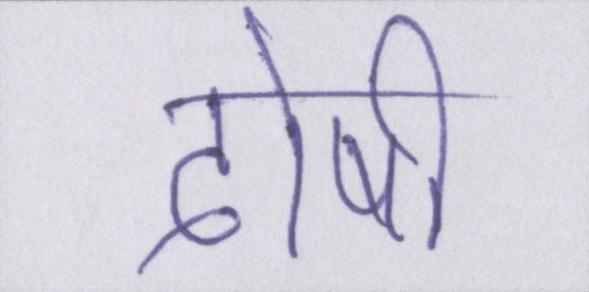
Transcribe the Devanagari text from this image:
दोषी